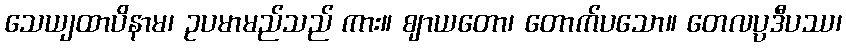
သေယျထာပိနာမ၊ ဥပမာမည်သည် ကား။ ဈာယတော၊ တောက်ပသော။ တေလပ္ပဒီပဿ၊